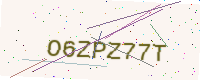
Text: O6ZPZ77T